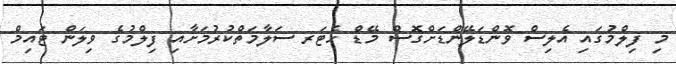
މި ފިލްމުގައި އެލިސް ވޮންޑަލޭންޑަށްގޮސް މޭޑް ހެޓަރ ސަލާމަތްކުރުމަށާއި ފިލްމުގެ ވިލަން ޓައިމް